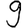
Digit: 9